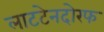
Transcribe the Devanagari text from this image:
लाटटेनदोरफ